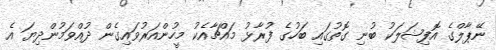
ނޭޕާލްގެ އޮފިޝަލަކު ބުނި ގޮތުގައި ބަހުގެ ފުރާޅު މައްޗާއެކު މީހުންއަރުވައިގެން ދުއްވަމުންދިޔަ އެ